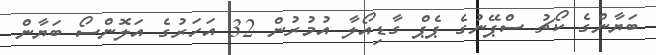
ބަޔާންގެ ކޯޗު ސްޕޭނުގެ ޕެޕް ގާޑިއޯލާ އުމުރުން 32 އަހަރުގެ އަލޮންސޯ ބަޔާން